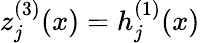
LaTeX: z_{j}^{(3)}(x)=h_{j}^{(1)}(x)